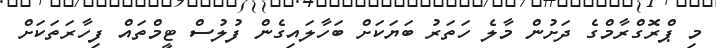
މި ޕްރޮގްރާމްގެ ދަށުން މާލެ ހަތަރު ބަޔަކަށް ބަހާލައިގެން ފުލުސް ޓީމްތައް ފިހާރަތަކަށް